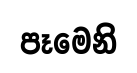
පෑමෙනි